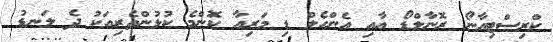
ކްރިސްޓިއާނޯ ރޮނާލްޑޯ އާއި އެންހެލް ޑި މަރިއާ ކޮންމެ ކުޅުންތެރިއަކު ދެ ލަނޑު